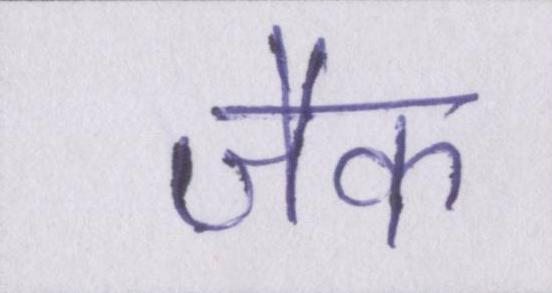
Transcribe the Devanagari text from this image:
जैक